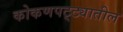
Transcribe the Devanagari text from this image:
कोकणपट्ट्यातील